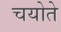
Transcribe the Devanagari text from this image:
चयोते